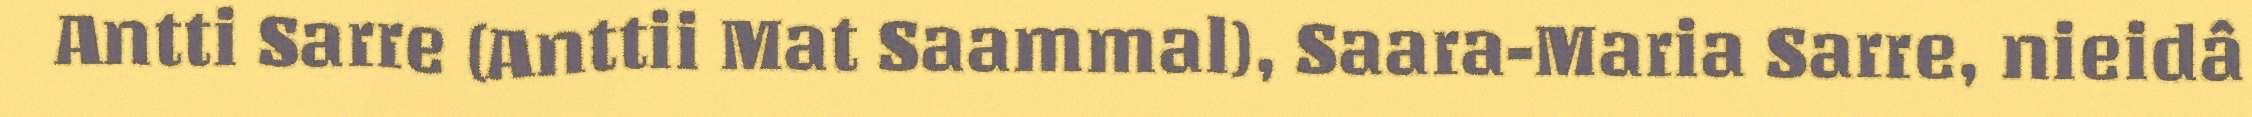
Antti Sarre (Anttii Mat Saammal), Saara-Maria Sarre, nieidâ